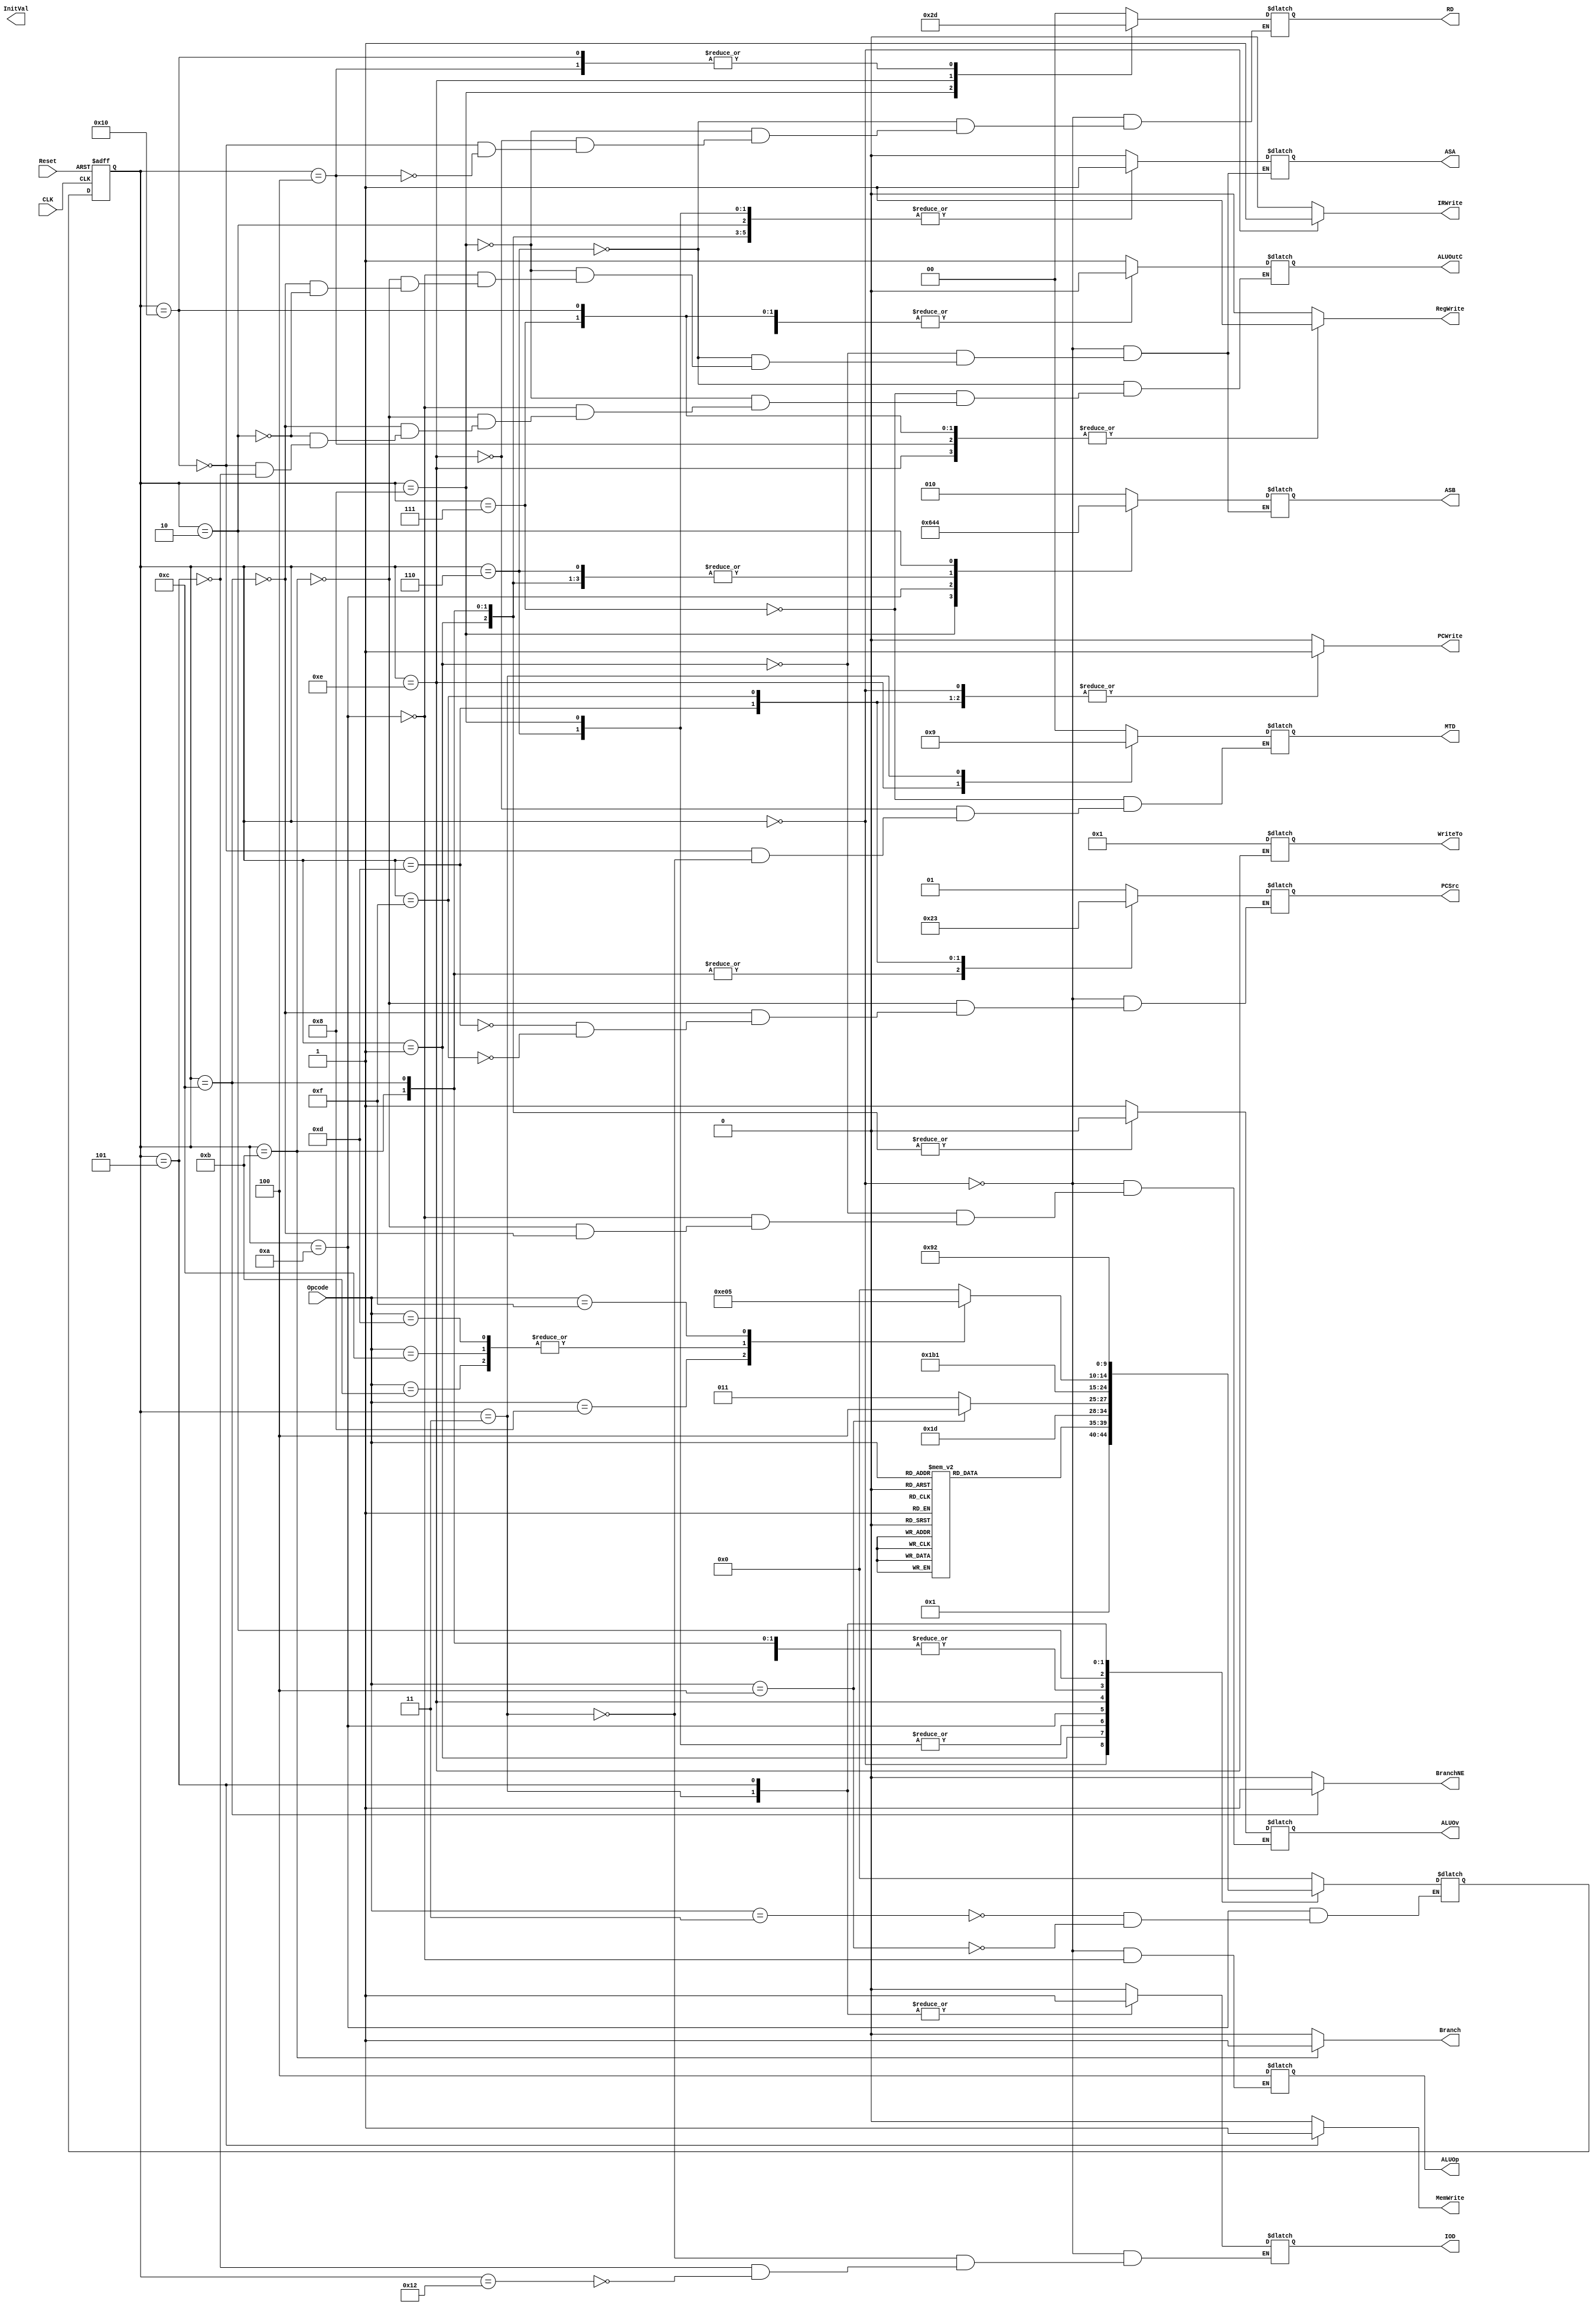
`timescale 1ns / 100ps

module control (ALUOp,
						  ALUOv,
						  ALUOutC,
                          ASA,
                          ASB,
                          MTD,
                          RD,
                          RegWrite, 
                          MemWrite,
                          IOD,
                          IRWrite, 
                          PCWrite,
                          Branch,
						  BranchNE,
                          PCSrc,
						  WriteTo,
                          Opcode,
								  InitVal,
                          CLK,
                          Reset
                          );

   output [2:0] ALUOp;
   output       ALUOv;
   output       ALUOutC;
   output [1:0] PCSrc;
   output [2:0] ASB;
   output       ASA;
   output [1:0] MTD;
   output [1:0] RD;
   output       RegWrite;
   output       MemWrite;
   output       IOD;
   output       IRWrite;
   output       PCWrite;
   output [3:0] WriteTo;
   output       Branch;
   output       BranchNE;
	output [15:0] InitVal;

   input [3:0]  Opcode;
   input        CLK;
   input        Reset;
   
   reg [2:0]    ALUOp;
   reg          ALUOv;
   reg          ALUOutC;
   reg [1:0]    PCSrc;
   reg [2:0]    ASB;
   reg          ASA;
   reg [1:0]    MTD;
   reg [1:0]    RD;
   reg          RegWrite;
   reg          MemWrite;
   reg          IOD;
   reg          IRWrite;
   reg          PCWrite;
   reg [3:0]    WriteTo;
   reg          Branch;
   reg          BranchNE;
	reg [15:0]	 InitVal;

   //state flip-flops
   reg [4:0]    current_state;
   reg [4:0]    next_state;

   //state definitions
   parameter    Fetch = 0;
   parameter    Decode = 1;
   parameter    I_Exec = 2;
   parameter    LW1 = 3;
   parameter    LW2 = 4;
   parameter    SW = 5;
   parameter    R_Execution = 6;
   parameter    R_Write = 7;
   parameter    ADDi_Execution = 8;
   parameter	ADDi_Write = 9;
   parameter    Branch_Exec = 10;
   parameter    Branch_Jump = 11;
   parameter    BranchNE_Jump = 12;
   parameter    Jump = 13;
   parameter    JumpAndLinkSave = 14;
   parameter	JumpRegister = 15;
   parameter	I_Write = 16;
	parameter 	Branch_Delay=17;
   parameter    SW_Delay = 18;
	
	// Initialize Inputs
   `ifdef auto_init
       initial begin
		Opcode <= 0;
		CLK <= 0;
		Reset <= 0;
		RegWrite <= 0; 
      MemWrite <= 0; 
      IRWrite <= 0; 
      PCWrite <= 0;
      Branch <= 0;
		BranchNE <= 0;
		end
   `endif

   //register calculation
   always @ (posedge CLK, posedge Reset)
     begin
        if (Reset)
          current_state <= Fetch;
        else 
          current_state <= next_state;
     end


   //OUTPUT signals for each state (depends on current state)
   always @ (current_state)
     begin
        //Reset all signals that cannot be don't cares
        RegWrite <= 0; 
        MemWrite <= 0; 
        IRWrite <= 0; 
        PCWrite <= 0;
        Branch <= 0;
		BranchNE <= 0;
        
        case (current_state)
          
          Fetch:
            begin
               ASA <= 0;
               IOD <= 0;
               IRWrite <=  1;
               ASB <= 2;
               PCWrite <= 1;
               PCSrc <= 1;
					ALUOv <= 1;
					ALUOp <= 4;
					RD <= 0;
            end 
                         
          Decode:
            begin
					PCWrite<=0;
					ALUOv <= 0;
               ASA <= 1;
               ASB <= 0;
					IRWrite <= 0;
            end
        
          R_Execution:
            begin
               ASA <= 1;
               ASB <= 0;
					ALUOutC <= 1;
					RD <= 0;
            end
        
          R_Write:
            begin
					ALUOutC <= 0;
               RegWrite <= 1;
               MTD <= 0;
            end
          ADDi_Execution:
		    begin
				ASA <= 1;
				ASB <= 3;
				ALUOutC<=1;
				RD <= 2;
			end
          Branch_Exec:
            begin
					// PC
					ASA <= 0;
               // C
					ASB <= 1;
					// ADD
					ALUOv <= 1;
					ALUOp <= 4;
					ALUOutC <= 1;
            end
          Branch_Jump:
			begin
				ALUOv <= 0;
				ALUOutC <= 0;
				// A
				ASA <= 1;
				// B
				ASB <= 0;
				// Equal Control
				Branch <= 1;
				PCSrc <= 2;
			end
		  BranchNE_Jump:
			begin
				ALUOv <= 0;
				ALUOutC <= 0;
				ASA <= 1;
				ASB <= 0;
				// Not Equal Control
				BranchNE <= 1;
				PCSrc <= 2;
			end
          Jump:
            begin
               PCWrite <= 1;
               PCSrc <= 0;
            end
		  JumpAndLinkSave:
			begin
				RD <= 3;
				WriteTo <= 1;
				RegWrite <= 1;
				MTD <= 2;
			end
		  JumpRegister:
			begin
				PCSrc <= 3;
				PCWrite <= 1;
			end
		  I_Exec:
			begin
				ASA <= 1;
				ASB <= 4;
				ALUOutC <= 1;
				//IOD<=1;
			end
		  I_Write:
			begin
				ALUOutC <= 0;
				MTD <= 0;
				RD <= 1;
				RegWrite <= 1;
			end
		  LW1:
			begin
				IOD <= 1;
				MTD <= 1;
			end
		  LW2:
			begin
				RegWrite <= 1;
				RD <= 1;
			end
		  SW:
			begin
				ALUOutC <= 0;
				IOD <= 1;
				MemWrite <= 1;
			end
			Branch_Delay:
			begin
				//$display ("Branch Delay"); 
			end
			SW_Delay:
			begin
				IOD <= 0;
			end
          default:
            begin //$display ("state not implemented: %d", current_state); 
				end
          
        endcase
     end
                
   //NEXT STATE calculation (depends on current state and opcode)       
   always @ (current_state, next_state, Opcode)
     begin         

        //$display("The current state is %d", current_state);
        
        case (current_state)
          
          Fetch:
            begin
               next_state <= Decode;
               //$display("\nIn Fetch, the next_state is %d", next_state);
            end
          
          Decode: 
            begin       
               case (Opcode)
			     // Add
			     0:
				    begin
                      next_state <= R_Execution;
                      //$display("In Decode, the next state is R_Execution");
                    end
				 // Addi
				 1:
				    begin
                      next_state <= ADDi_Execution;
                      //$display("In Decode, the next state is ADDi_E");
                    end
				 // And
				 2:
				    begin
                      next_state <= R_Execution;
                      //$display("In Decode, the next state is R_Execution");
                    end
				 // beq
				 3:
					begin
						next_state <= Branch_Exec;
						//$display("In Decode, the next state is Branch_Exec");
					end
				 // bne
				 4:
					begin
						next_state <= Branch_Exec;
						//$display("In Decode, the next state is Branch_Exec");
					end
				 // j
				 5:
					begin
						next_state <= Jump;
						//$display("In Decode, the next state is Jump");
					end
				 // jal
				 6:
					begin
						next_state <= JumpAndLinkSave;
						//$display("In Decode, the next state is JumpAndLinkSave");
					end
				 // jr
				 7:
					begin
						next_state <= JumpRegister;
						//$display("In Decode, the next state is JumpRegister");
					end
				 // lw
				 8:
					begin
						next_state <= I_Exec;
						//$display("In Decode, the next state is I_Exec");
					end
				 // or
				 9:
				    begin
                      next_state <= R_Execution;
                      //$display("In Decode, the next state is R");
                    end
				 // slt
				 10:
					begin
                      next_state <= R_Execution;
                      //$display("In Decode, the next state is R");
                    end
				 // sll
				 11:
					begin
						next_state <= I_Exec;
						//$display("In Decode, the next state is I_Exec");
					end
				 // srl
				 12:
					begin
						next_state <= I_Exec;
						//$display("In Decode, the next state is I_Exec");
					end
				 // sra
				 13:
					begin
						next_state <= I_Exec;
						//$display("In Decode, the next state is I_Exec");
					end
				 // sub
				 14:
				    begin
                      next_state <= R_Execution;
                      //$display("In Decode, the next state is R");
                    end
				 // sw
				 15:
					begin
						next_state <= I_Exec;
						//$display("In Decode, the next state is I_Exec");
					end
				// Borked
				 default:
                   begin 
                      //$display("In Decode, Wrong Opcode %d ", Opcode);  
                      next_state <= Fetch; 
                   end
				 endcase
               
               //$display("In Decode, the next_state is %d", next_state);
            end
          
          R_Execution:
            begin
               next_state <= R_Write;
               //$display("In R_Exec, the next_state is %d", next_state);
            end
          ADDi_Execution:
		    begin
		       next_state <=R_Write;
			   //$display("In ADDi_Exec, the next_state is %d", next_state);
			end
          R_Write:
            begin
               next_state <= Fetch;
               //$display("In R_Write, the next_state is %d", next_state);
            end
          
          Branch_Exec:
            begin
					case(Opcode)
					// beq
						3:
						begin
							next_state <= Branch_Jump;
							//$display("In Branch_Exec, the next state is Branch_Jump");
						end
					// bne
						4:
						begin
							next_state <= BranchNE_Jump;
							//$display("In Branch_Exec, the next state is BranchNE_Jump");
						end
					endcase
            end
          Branch_Jump:
            begin
               next_state <= Branch_Delay;
               //$display("In Branch_Jump, the next_state is %d", next_state);
            end
		  BranchNE_Jump:
            begin
               next_state <= Branch_Delay;
               //$display("In BranchNE_Jump, the next_state is %d", next_state);
            end
          Jump:
            begin
               next_state <= Branch_Delay;
               //$display("In Jump, the next_state is %d", next_state);
            end
          JumpAndLinkSave:
			begin
				next_state <= Jump;
				//$display("In JumpAndLinkSave, the next_state is %d", next_state);
			end
			JumpRegister:
			begin
				next_state <= Branch_Delay;
				//$display("In JumpRegister, the next_state is %d", next_state);
			end
		  I_Exec:
			begin
			    case(Opcode)
				// LW
				8:
					begin
						next_state <= LW1;
						//$display("In I_Exec, the next_state is %d", next_state);
					end
				// sll
				11:
					begin
						next_state <= I_Write;
						//$display("In I_Exec, the next_state is %d", next_state);
					end
				// srl
				12:
					begin
						next_state <= I_Write;
						//$display("In I_Exec, the next_state is %d", next_state);
					end
				// sra
				13:
					begin
						next_state <= I_Write;
						//$display("In I_Exec, the next_state is %d", next_state);
					end
				// SW
				15:
					begin
						next_state <= SW;
						//$display("In I_Exec, the next_state is %d", next_state);
					end
				default:
					begin
						//$display(" Not implemented Memory Function!");
						next_state <= Fetch;
					end
				endcase
			end
          I_Write:
			begin
				next_state <= Fetch;
				//$display("In I_Write, the next_state is %d", next_state);
			end
          LW1:
			begin
				next_state <= LW2;
				//$display("In LW1, the next_state is %d", next_state);
			end
		  LW2:
			begin
				next_state <= Fetch;
				//$display("In LW2, the next_state is %d", next_state);
			end
		  SW:
			begin
				next_state <= SW_Delay;
				//$display("In SW, the next_state is %d", next_state);
			end
			SW_Delay:
			begin
				next_state <= Fetch;
			end
			Branch_Delay:
			begin
				next_state <= Fetch;
				//$display("In Branch Delay, the next_state is %d", next_state);
			end
		  default:
            begin
               //$display("State Not implemented! (Next state calcs): %d",current_state);
               next_state <= Fetch;
            end
        endcase
        
        //$display("After the tests, the next_state is %d", next_state);
                
     end

endmodule